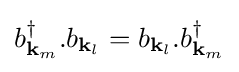
b_{\mathbf {k} _{m}}^{\dagger }.b_{\mathbf {k} _{l}}=b_{\mathbf {k} _{l}}.b_{\mathbf {k} _{m}}^{\dagger }